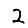
Digit: 2